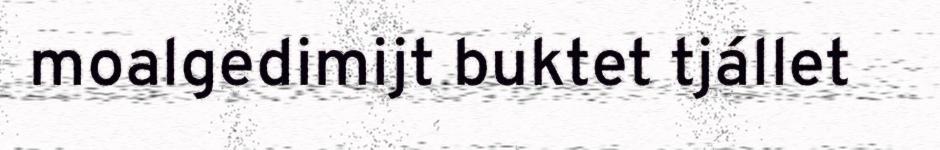
moalgedimijt buktet tjállet